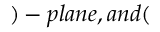
) - p l a n e , a n d (